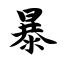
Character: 暴